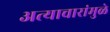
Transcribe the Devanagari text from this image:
अत्याचारांमुळे